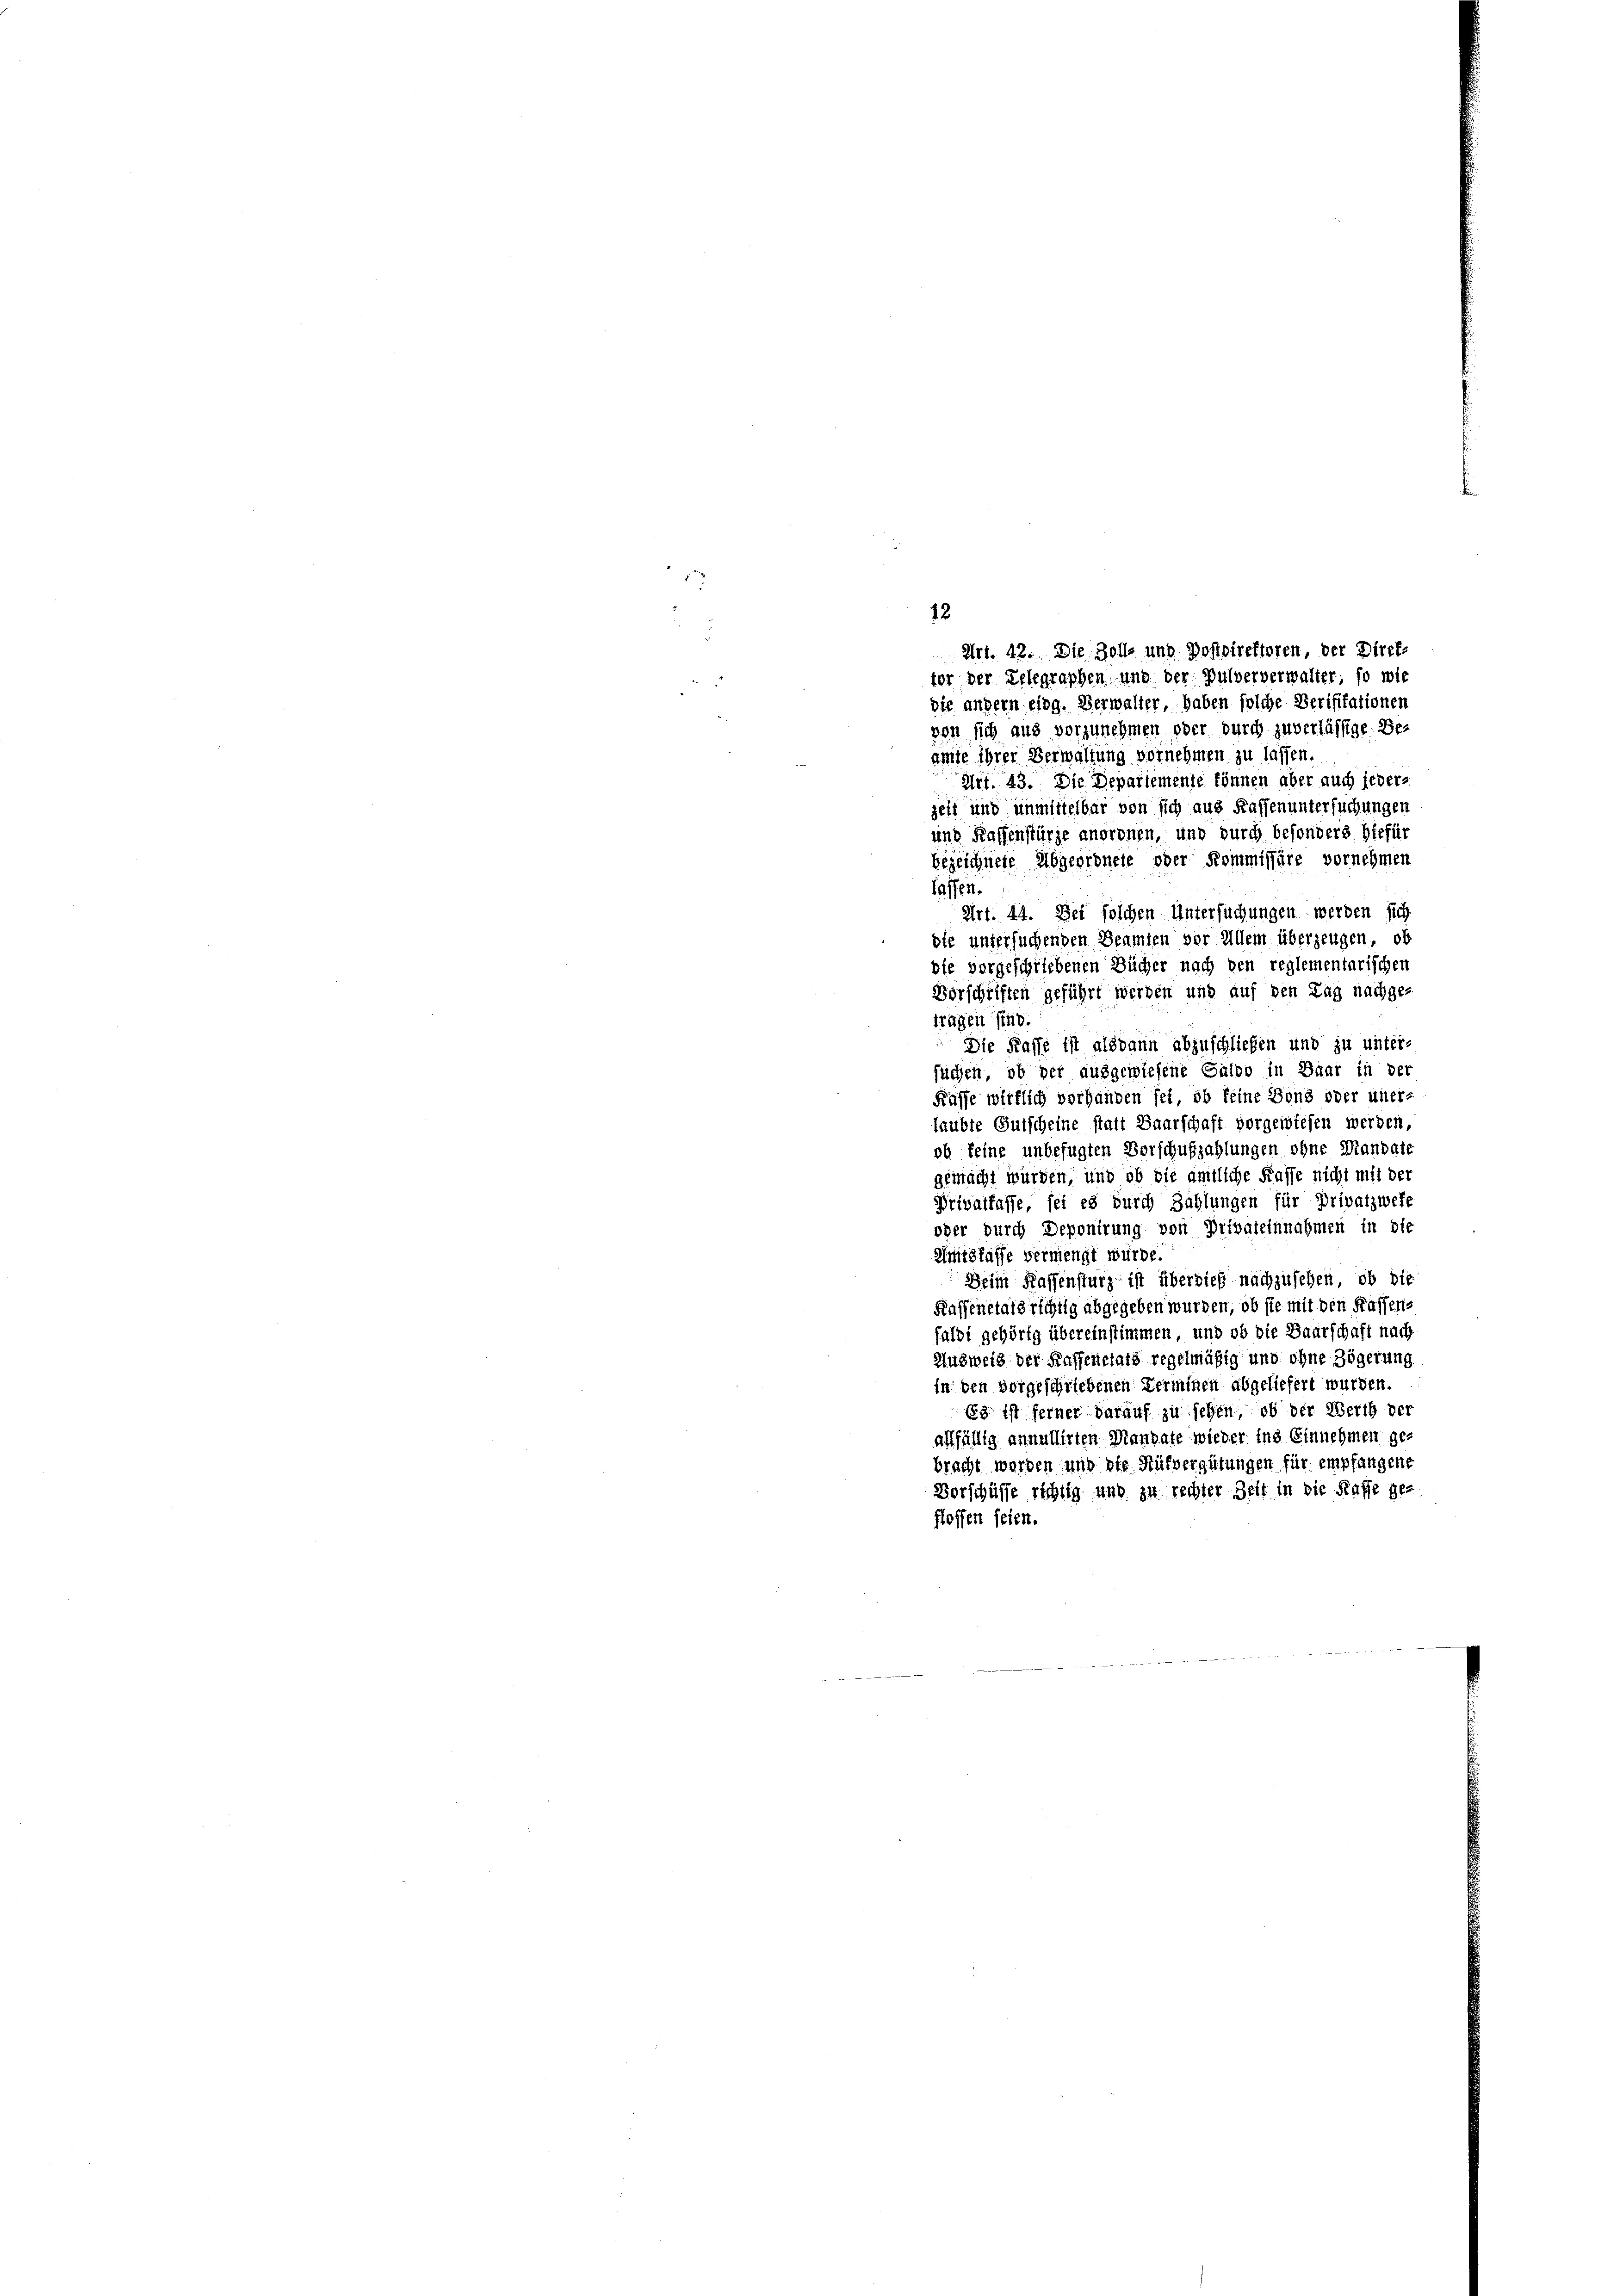
12
Art. 12. Die Zoll und Postdirektoren, der Direk
tor der Telegraphen und der Pulververwalter; so wie
die andern eidg. Verwalter, haben solche Verifikationen
von sich aus vorzunehmen oder durch zuverlässige Be-
amte ihrer Verwaltung vornehmen zu lassen.
Art. 43. Die Departemente können aber auch jeders
zeit und unmittelbar von sich aus Kaffen untersuchungen
und Kassenstürze anordnen, und durch besonders hiefür
bezeichnete Abgeordnete oder Kommissäre vornehmen
lassen.
Art. 44. Bei solchen Untersuchungen werden sich
die untersuchenden Beamten vor Allem überzeugen, ob
ole vorgeschriebenen Bücher nach den reglementarischen
Vorschriften geführt werden und auf den Tag nachge-
tragen sind.
Die Kasse ist alsdann abzuschließen und zu unter-
suchen, ob der ausgewiesene Güldo in Baar in der
Kaffe wirklich vorhanden sei, ob keine Bons oder uner-
laubte Gutscheine statt Baarschaft vorgewiesen werden,
ob keine unbefugten Vorschufzahlungen ohne Mandate
gemacht würden, und ob die amtliche Fasse nicht mit der
Privatfaffe, sei es durch Zahlungen für Privatzwese
oder durch Deponirung von Privateinnahmen in die
Amtslasse vermengt würde.
Beim Kassensturz ist überdieß nachzusehen, ob die
Kassenstals richtig abgegeben wurden, ob sie mit den Kassens
falbt gehörig übereinstimmen, und ob die Baurschaft nach
Ausweis der Kassenetats regelmäßig und ohne Zögerung
in den vorgeschriebenen Terminen abgeliefert wurden.
Es ist ferner darauf zu sehen, ob der Werth der
affällig annullirten Mandate wieder ins Einnehmen gebracht worden und die Rüfvergütungen für empfangene
Vorschüsse richtig und zu rechter Zeit in die Kaffe ge-
flossen seien.